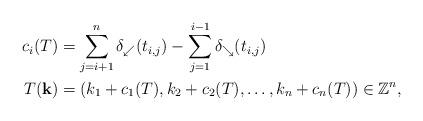
LaTeX: \begin{align*}c_i(T)&=\sum_{j=i+1}^{n} \delta_{\swarrow}(t_{i,j}) - \sum_{j=1}^{i-1} \delta_{\searrow}(t_{i,j}) \\T(\mathbf{k})&=(k_1+c_1(T),k_2+c_2(T),\ldots,k_n+c_n(T)) \in \mathbb{Z}^n,\end{align*}